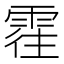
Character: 𲉾